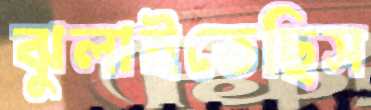
ঝুলাইতেছিস